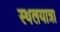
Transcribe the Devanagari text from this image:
स्थलयात्रा